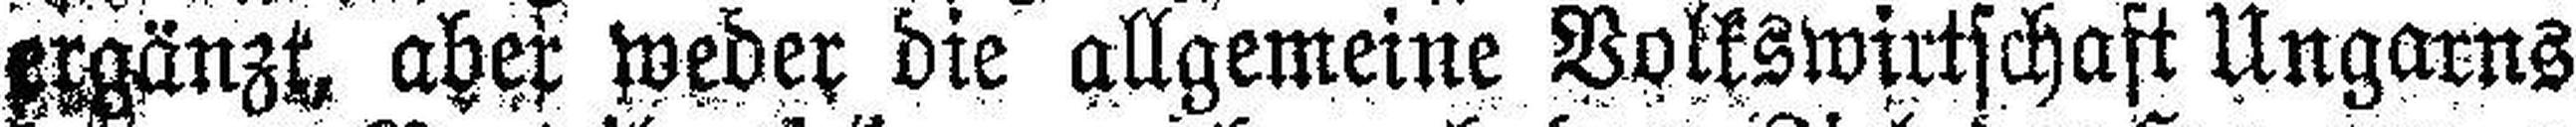
ergänzt, aber weder die allgemeine Volkswirtschaft Ungarns